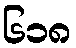
၆၁၈